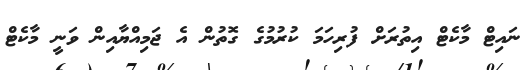
ނައިޓް މާކެޓް އިތުރަށް ފުރިހަމަ ކުރުމުގެ ގޮތުން އެ ޖަމިއްޔާއިން ވަނީ މާކެޓް